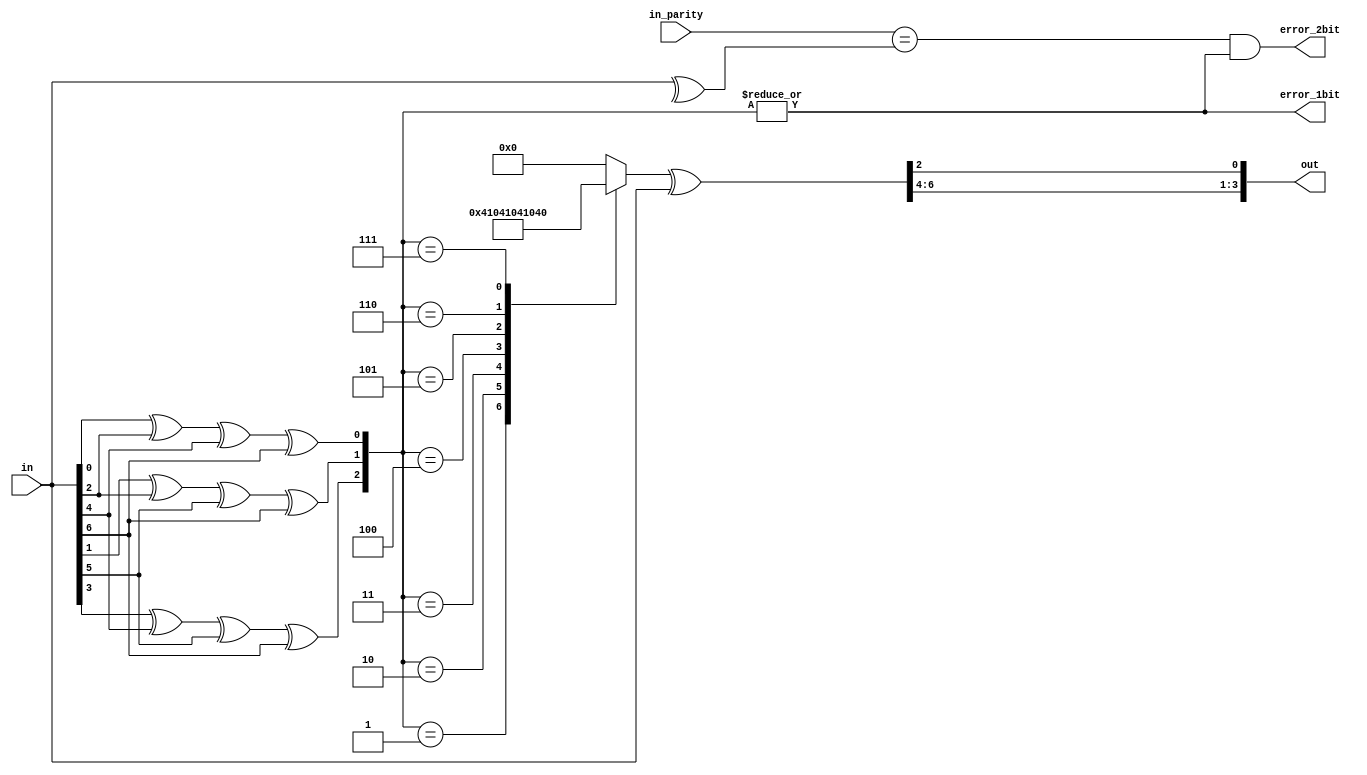
module hamming_decoder(in, out, error_1bit, error_2bit, in_parity);

  //Hamming(7,4), decodes a 7-bit keyword into a 4-bit output
  //input keyword
  input [6:0] in;
  //parity bit showing whether encoded message is even or odd
  input in_parity;
  //decoded message
  output [3:0] out;
  //1-bit errors can be corrected, 2-bit errors cannot, use these outputs
  //for BER calculation
  output error_1bit, error_2bit;

  reg p1, p2, p4;
  reg [6:0] onehot;
  wire [6:0] decoded_data;
  wire parity;

  //parity bit decoding
  always @(*) begin
    p1 = in[0] ^ in[2] ^ in[4] ^ in[6];
    p2 = in[1] ^ in[2] ^ in[5] ^ in[6];
    p4 = in[3] ^ in[4] ^ in[5] ^ in[6];
  end

  //generates onehot code for decoding from parity bit
  always @(*) begin
    case ({p4, p2, p1})
      3'd1 : onehot = 7'b0000001;
      3'd2 : onehot = 7'b0000010;
      3'd3 : onehot = 7'b0000100;
      3'd4 : onehot = 7'b0001000;
      3'd5 : onehot = 7'b0010000;
      3'd6 : onehot = 7'b0100000;
      3'd7 : onehot = 7'b1000000;
      default : onehot = 7'b0000000;
    endcase
  end

  //decoded data
  assign decoded_data = onehot ^ in;

  //parity bit isn't going into modulator but will be used for error detection
  //when used with error_1bit and error_2bit
  assign parity = ^in;
  assign error_1bit = |{p4,p2,p1};
  assign error_2bit = {in_parity == parity} & error_1bit;

  //input:  d7 d6 d5 p4 d3 p2 p1
  //output: d3 d2 d1    d0
  assign out = {decoded_data[6:4],decoded_data[2]};
endmodule